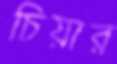
চিয়ার